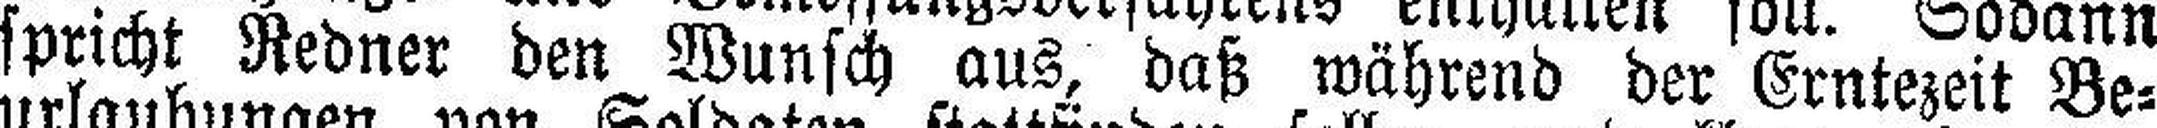
spricht Redner den Wunsch aus, daß während der Erntezeit Be¬